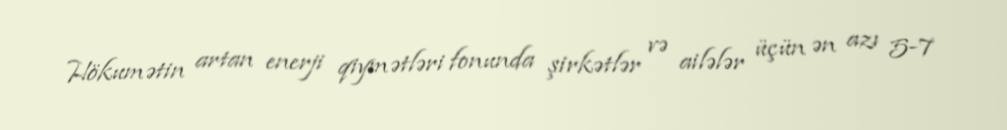
Hökumətin artan enerji qiymətləri fonunda şirkətlər və ailələr üçün ən azı 5-7